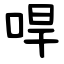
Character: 哻